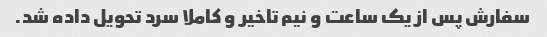
سفارش پس از یک ساعت و نیم تاخیر و کاملا سرد تحویل داده شد.